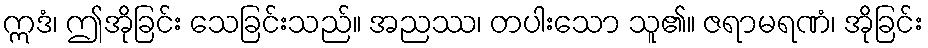
ဣဒံ၊ ဤအိုခြင်း သေခြင်းသည်။ အညဿ၊ တပါးသော သူ၏။ ဇရာမရဏံ၊ အိုခြင်း